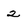
Character: 2